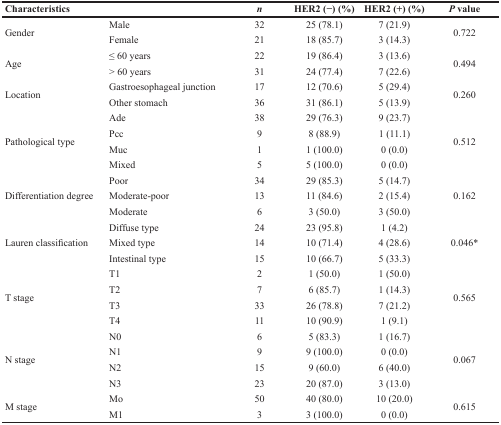
<table><thead><tr><td><b>Characteristics</b></td><td></td><td><b><i>n</i></b></td><td><b>HER2 (−) (%)</b></td><td><b>HER2 (+) (%)</b></td><td><b><i>P</i> value</b></td></tr></thead><tbody><tr><td rowspan="2">Gender</td><td>Male</td><td>32</td><td>25 (78.1)</td><td>7 (21.9)</td><td rowspan="2">0.722</td></tr><tr><td>Female</td><td>21</td><td>18 (85.7)</td><td>3 (14.3)</td></tr><tr><td rowspan="2">Age</td><td>≤ 60 years</td><td>22</td><td>19 (86.4)</td><td>3 (13.6)</td><td rowspan="2">0.494</td></tr><tr><td>&gt; 60 years</td><td>31</td><td>24 (77.4)</td><td>7 (22.6)</td></tr><tr><td rowspan="2">Location</td><td>Gastroesophageal junction</td><td>17</td><td>12 (70.6)</td><td>5 (29.4)</td><td rowspan="2">0.260</td></tr><tr><td>Other stomach</td><td>36</td><td>31 (86.1)</td><td>5 (13.9)</td></tr><tr><td rowspan="4">Pathological type</td><td>Ade</td><td>38</td><td>29 (76.3)</td><td>9 (23.7)</td><td rowspan="4">0.512</td></tr><tr><td>Pcc</td><td>9</td><td>8 (88.9)</td><td>1 (11.1)</td></tr><tr><td>Muc</td><td>1</td><td>1 (100.0)</td><td>0 (0.0)</td></tr><tr><td>Mixed</td><td>5</td><td>5 (100.0)</td><td>0 (0.0)</td></tr><tr><td rowspan="3">Differentiation degree</td><td>Poor</td><td>34</td><td>29 (85.3)</td><td>5 (14.7)</td><td rowspan="3">0.162</td></tr><tr><td>Moderate-poor</td><td>13</td><td>11 (84.6)</td><td>2 (15.4)</td></tr><tr><td>Moderate</td><td>6</td><td>3 (50.0)</td><td>3 (50.0)</td></tr><tr><td rowspan="3">Lauren classification</td><td>Diffuse type</td><td>24</td><td>23 (95.8)</td><td>1 (4.2)</td><td rowspan="3">0.046*</td></tr><tr><td>Mixed type</td><td>14</td><td>10 (71.4)</td><td>4 (28.6)</td></tr><tr><td>Intestinal type</td><td>15</td><td>10 (66.7)</td><td>5 (33.3)</td></tr><tr><td rowspan="4">T stage</td><td>T1</td><td>2</td><td>1 (50.0)</td><td>1 (50.0)</td><td rowspan="4">0.565</td></tr><tr><td>T2</td><td>7</td><td>6 (85.7)</td><td>1 (14.3)</td></tr><tr><td>T3</td><td>33</td><td>26 (78.8)</td><td>7 (21.2)</td></tr><tr><td>T4</td><td>11</td><td>10 (90.9)</td><td>1 (9.1)</td></tr><tr><td rowspan="4">N stage</td><td>N0</td><td>6</td><td>5 (83.3)</td><td>1 (16.7)</td><td rowspan="4">0.067</td></tr><tr><td>N1</td><td>9</td><td>9 (100.0)</td><td>0 (0.0)</td></tr><tr><td>N2</td><td>15</td><td>9 (60.0)</td><td>6 (40.0)</td></tr><tr><td>N3</td><td>23</td><td>20 (87.0)</td><td>3 (13.0)</td></tr><tr><td rowspan="2">M stage</td><td>Mo</td><td>50</td><td>40 (80.0)</td><td>10 (20.0)</td><td rowspan="2">0.615</td></tr><tr><td>M1</td><td>3</td><td>3 (100.0)</td><td>0 (0.0)</td></tr></tbody></table>